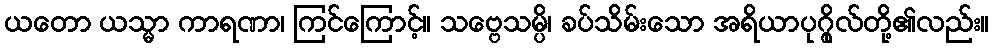
ယတော ယသ္မာ ကာရဏာ၊ ကြင်ကြောင့်။ သဗ္ဗေသမ္ပိ၊ ခပ်သိမ်းသော အရိယာပုဂ္ဂိုလ်တို့၏လည်း။